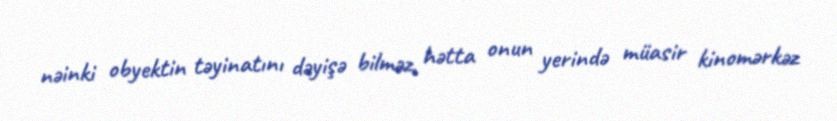
nəinki obyektin təyinatını dəyişə bilməz, hətta onun yerində müasir kinomərkəz